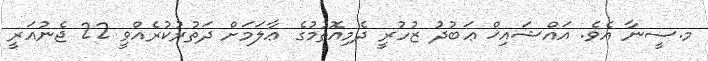
މ.ސީނާ އެވެ. އައްޝައިޚް ޢަބުދު ޒުހުރީ ދެމިއޮތުމުގެ ޢާލަމަށް ދަތުރުކުރެއްވީ 22 ޖެނުއަރީ